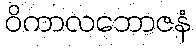
ဝိကာလဘောဇနံ